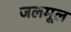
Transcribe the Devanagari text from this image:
जलमूल